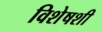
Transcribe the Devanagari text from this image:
विशेषशी